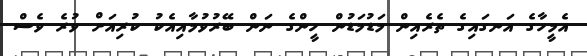
އެމީހާގެ އަނގައިގެ ތެރެއިން މަޑުުމަޑުން ހީންގެ ނަން ބޭރުުވުމާއިއެކު ކުރިއަށް ވުރެ ވެސް